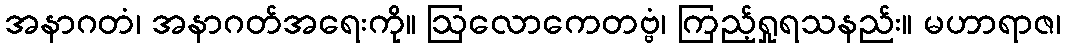
အနာဂတံ၊ အနာဂတ်အရေးကို။ ဩလောကေတဗ္ဗံ၊ ကြည့်ရှုရသနည်း။ မဟာရာဇ၊